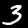
Digit: 3